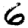
Digit: 6